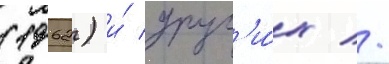
(1962) и́ друг'и́х //